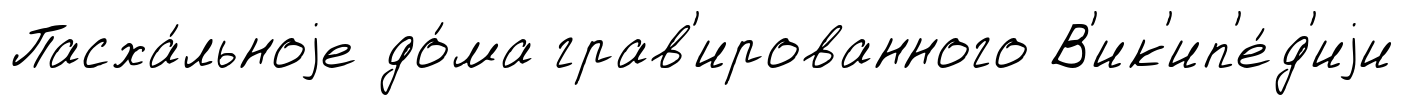
Пасха́льноjе до́ма грав'ированного В'ик'ип'е́д'иjи